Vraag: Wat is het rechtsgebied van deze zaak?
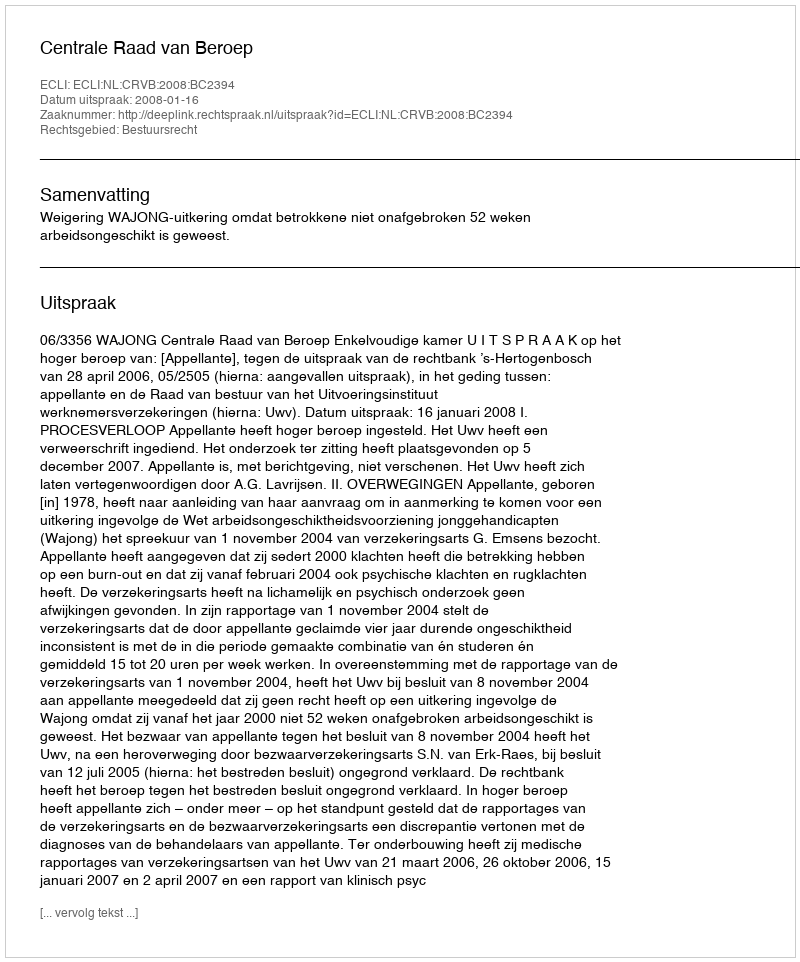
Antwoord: Bestuursrecht